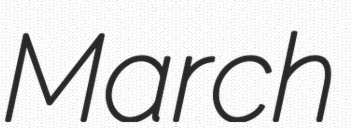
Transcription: March